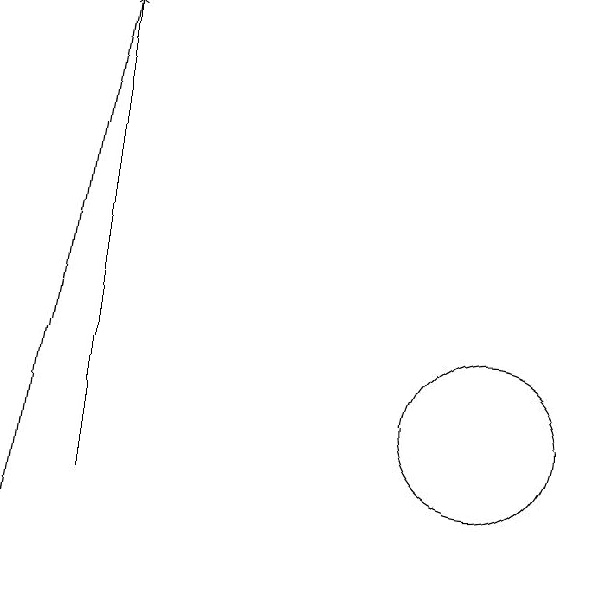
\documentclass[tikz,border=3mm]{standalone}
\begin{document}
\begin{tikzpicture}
\draw[->] (7,11) -- (7,17);
\draw (12,12) circle (1);
\draw[->] (7,17) -- (6,10);
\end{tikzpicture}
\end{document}